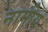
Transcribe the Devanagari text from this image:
नामीय